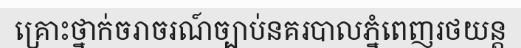
គ្រោះថ្នាក់ចរាចរណ៍ច្បាប់នគរបាលភ្នំពេញរថយន្ត